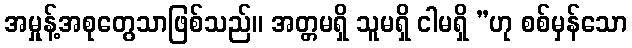
အမှုန့်အစုတွေသာဖြစ်သည်။ အတ္တမရှိ သူမရှိ ငါမရှိ ”ဟု စစ်မှန်သော